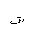
Letter: _shin